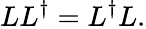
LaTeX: LL^{\dagger}=L^{\dagger}L.